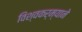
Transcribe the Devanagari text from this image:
विश्वकर्म्याने